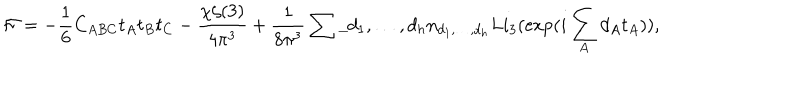
LaTeX: { \cal F } = - \frac 1 6 C _ { A B C } t _ { A } t _ { B } t _ { C } - \frac { \chi \zeta ( 3 ) } { 4 \pi ^ { 3 } } + \frac { 1 } { 8 \pi ^ { 3 } } \sum \_ { d _ { 1 } , \ldots , d _ { h } } n _ { d _ { 1 } , \ldots , d _ { h } } L i _ { 3 } ( \exp ( i \sum _ { A } d _ { A } t _ { A } ) ) ,